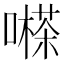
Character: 𡁽